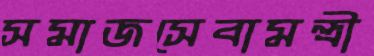
সমাজসেবামন্ত্রী